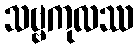
သဗ္ဗကုလဿ